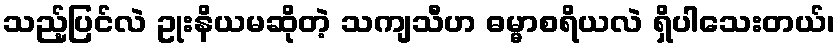
သည့်ပြင်လဲ ဥုးနိယမဆိုတဲ့ သကျသီဟ ဓမ္မာစရိယလဲ ရှိပါသေးတယ်၊